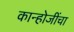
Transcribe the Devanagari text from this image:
कान्होजींचा